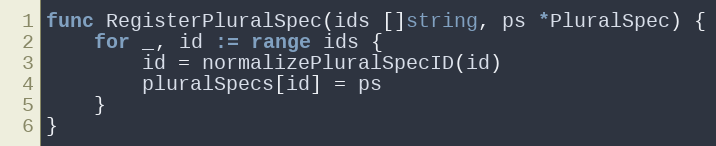
Language: Go
func RegisterPluralSpec(ids []string, ps *PluralSpec) {
	for _, id := range ids {
		id = normalizePluralSpecID(id)
		pluralSpecs[id] = ps
	}
}